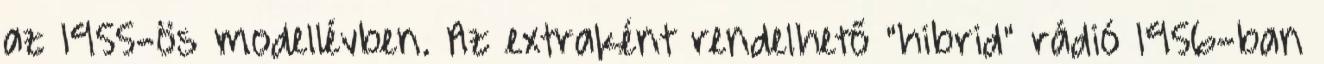
az 1955-ös modellévben. Az extraként rendelhető "hibrid" rádió 1956-ban